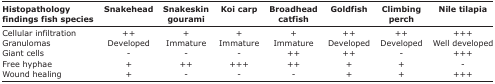
<table><thead><tr><td><b>Histopathology findings fish species</b></td><td><b>Snakehead</b></td><td><b>Snakeskin gourami</b></td><td><b>Koi carp</b></td><td><b>Broadhead catfish</b></td><td><b>Goldfish</b></td><td><b>Climbing perch</b></td><td><b>Nile tilapia</b></td></tr></thead><tbody><tr><td>Cellular infiltration</td><td>++</td><td>+</td><td>+</td><td>+</td><td>++</td><td>++</td><td>+++</td></tr><tr><td>Granulomas</td><td>Developed</td><td>Immature</td><td>Immature</td><td>Immature</td><td>Developed</td><td>Developed</td><td>Well developed</td></tr><tr><td>Giant cells</td><td>-</td><td>-</td><td>-</td><td>++</td><td>++</td><td>-</td><td>+++</td></tr><tr><td>Free hyphae</td><td>+</td><td>++</td><td>+++</td><td>++</td><td>+</td><td>+</td><td>-</td></tr><tr><td>Wound healing</td><td>+</td><td>-</td><td>-</td><td>-</td><td>+</td><td>+</td><td>+++</td></tr></tbody></table>